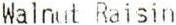
WALNUT RAISIN